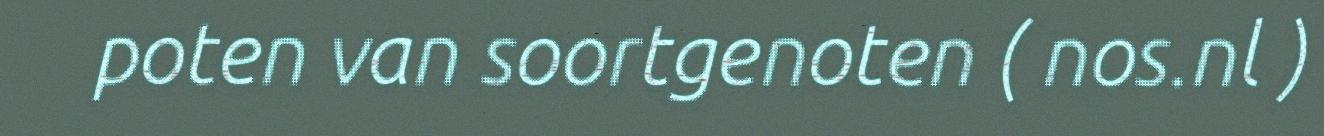
poten van soortgenoten ( nos.nl )